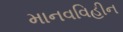
માનવવિહીન